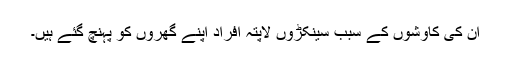
ان کی کاوشوں کے سبب سینکڑوں لاپتہ افراد اپنے گھروں کو پہنچ گئے ہیں۔